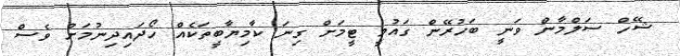
ޝޭހް ސަލްމާން ވަނީ ބަހުރޭން ގައުމީ ޓީމަށް ގިނަ ކާމިޔާބީތަކެއް ހޯދައިދިނުމަށް ވެސް